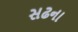
સઢના